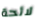
لائحة